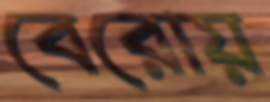
বেরোয়